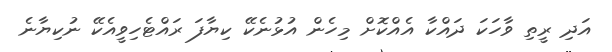
އަދި ރީތި ވާހަކަ ދައްކާ އެއްކޮށް މިހެން އުޅުނެކޭ ކިޔާފަ ރައްޓެހިވީއެކޭ ނުކިޔާނެ